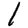
Digit: 1